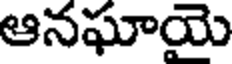
ఆనఘాయె